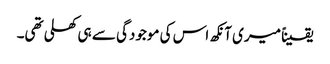
یقیناً میری آنکھ اس کی موجودگی سے ہی کھلی تھی۔